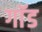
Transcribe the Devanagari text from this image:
गाॅड